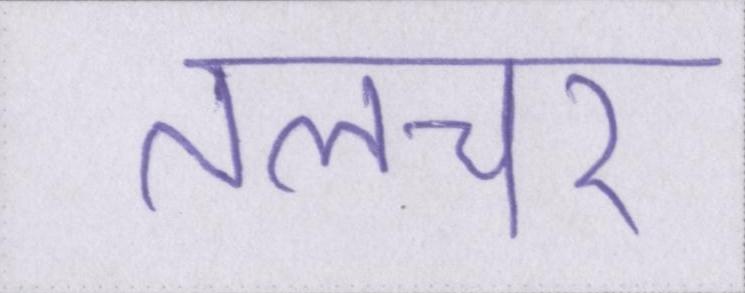
तलचर